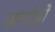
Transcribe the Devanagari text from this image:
फर्नाडो